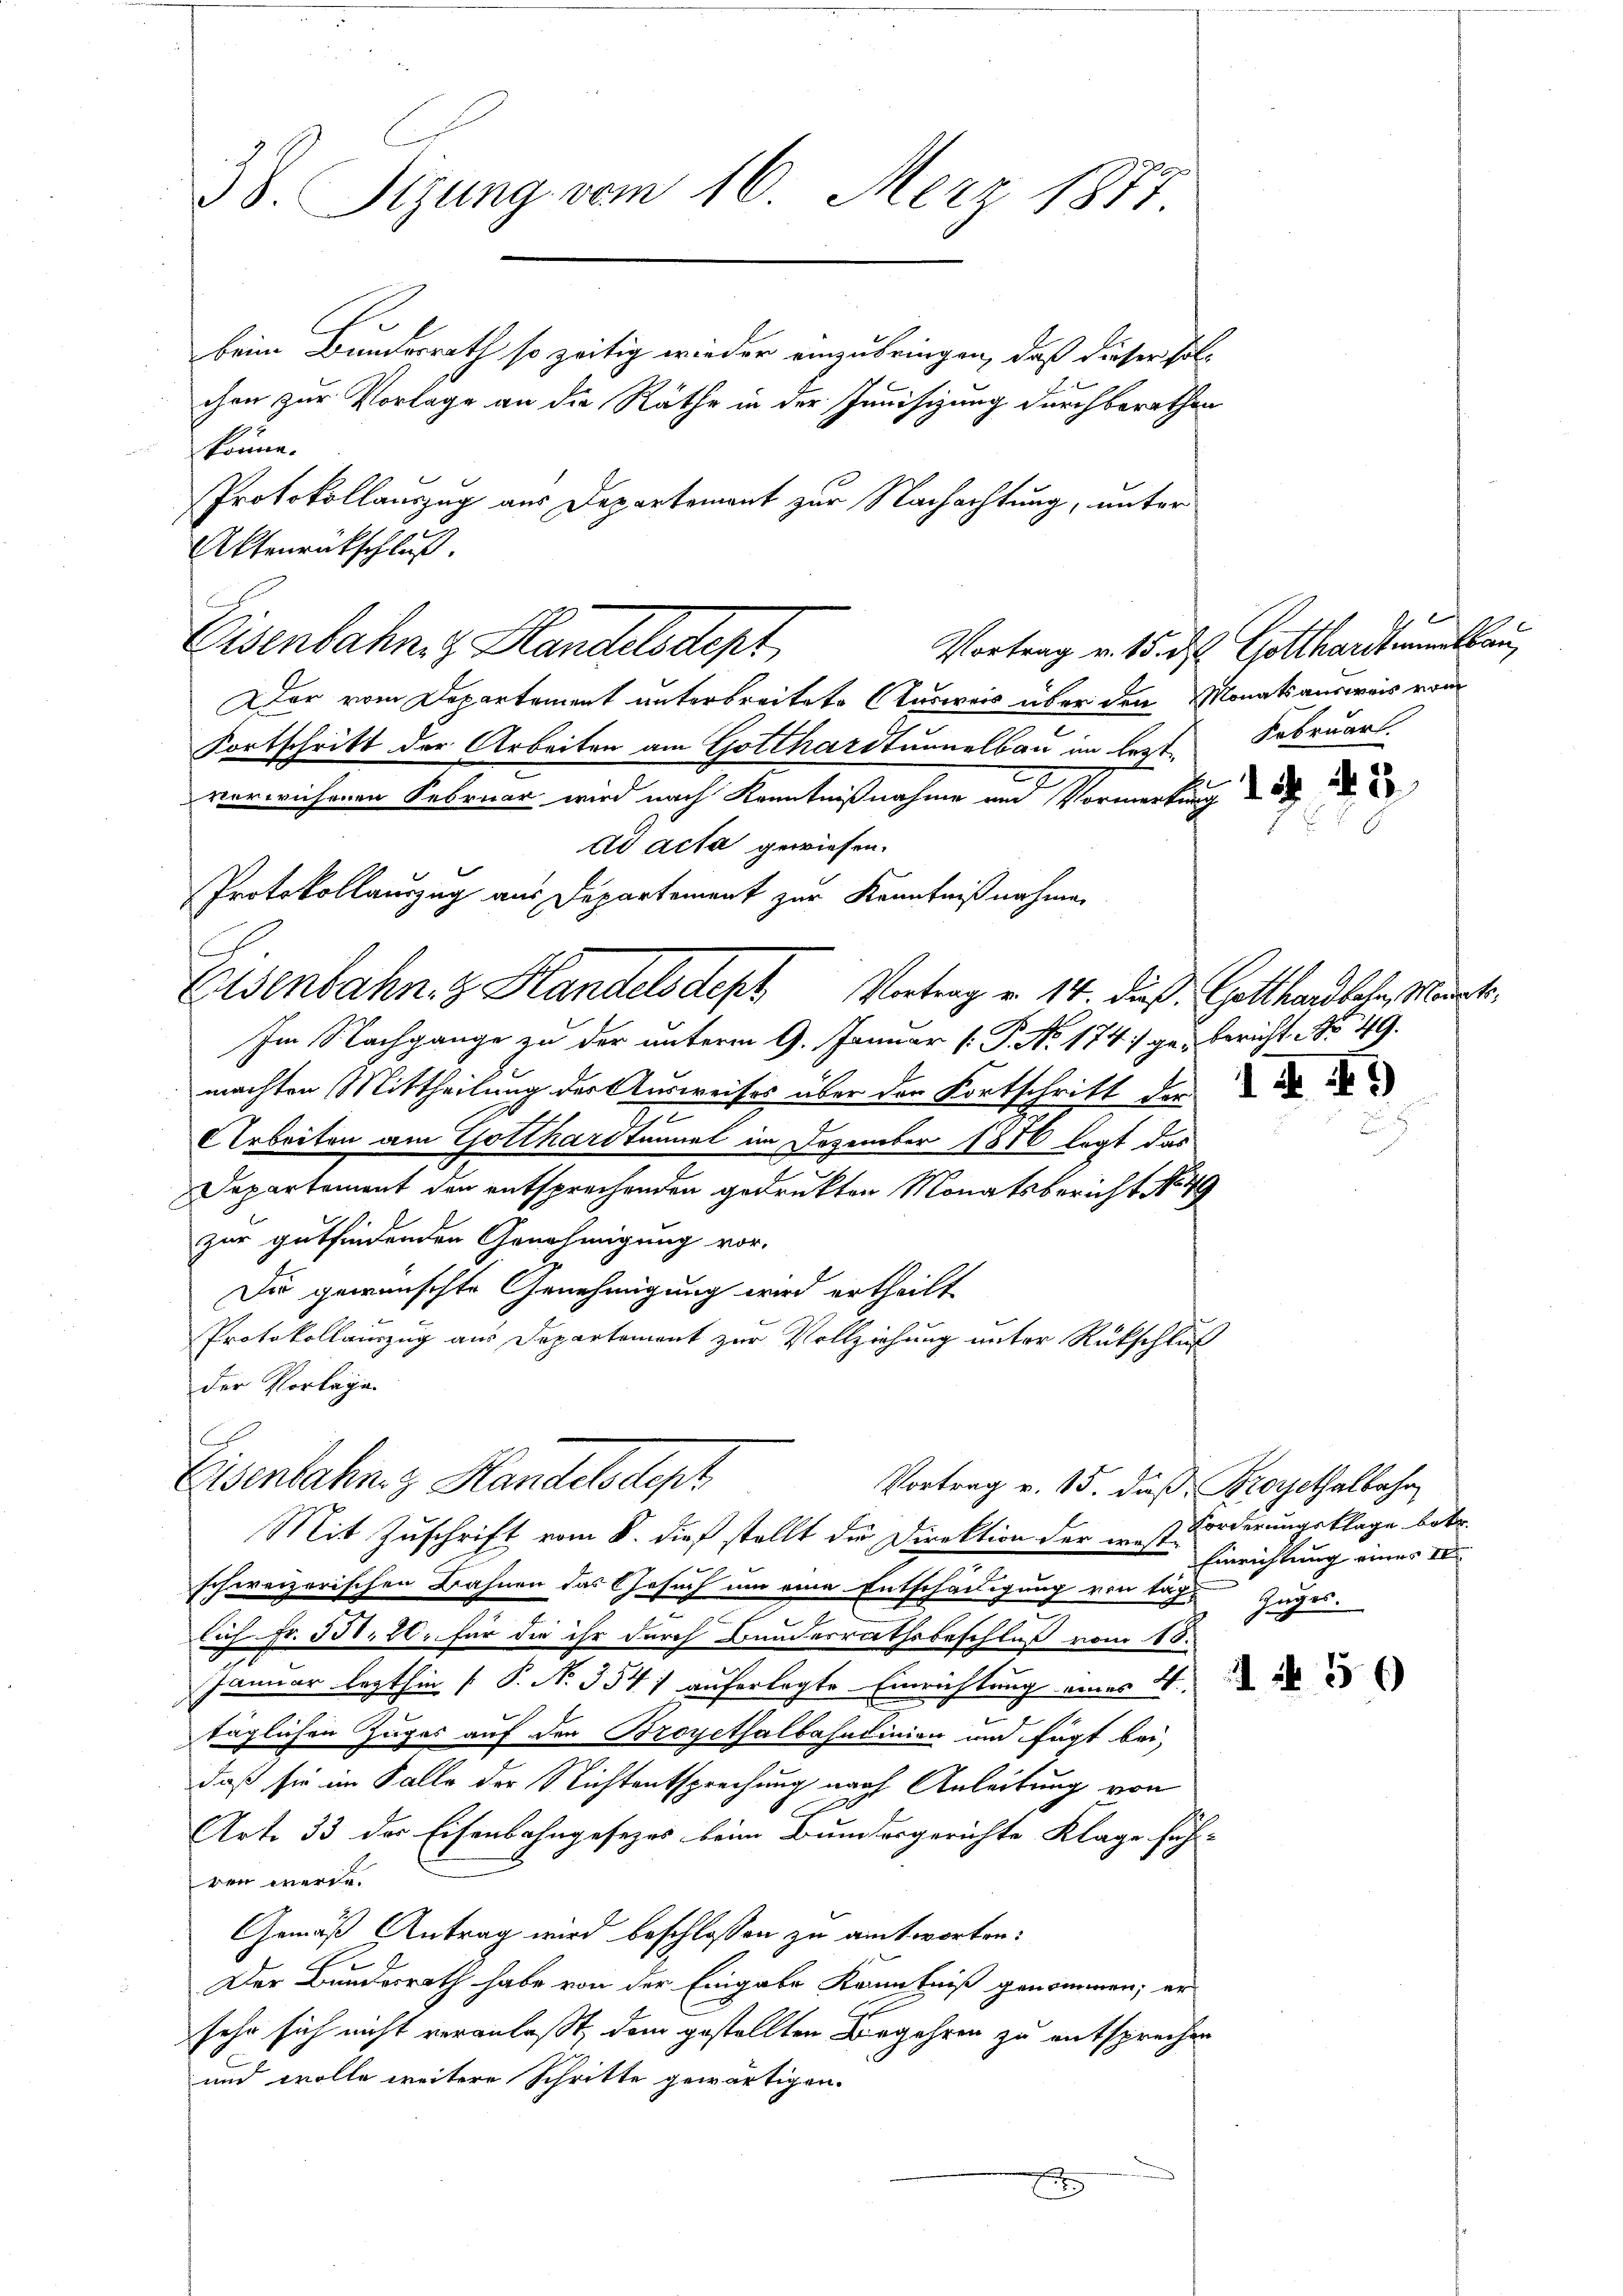
38. Sizung vom 16. Merz 1887.

beim Bundesrath so zeitig wieder einzubringen, daß dieser solchen zur Vorlage an die Rathe in der Junisizung durchberathen
könne.
Protokollauszug aus Departement zur Nachachtung, unter
Aktenrückschluß.
Eisenbahn z. Handelsdept
Der vom Departement unterbreitete Ausweis über den Monatsausweis vom
Fortschritt der Arbeiten am Gotthardtunnelbau im lezt¬
.
verwichenen Februar wird nach Kenntnißnahme und Vormerkung
ad acta gewiesen.
Protokollauszug aus Departement zur Kenntnißnahme
e
Eisenbahn. Handels dept Vortrag v. 14. dieß: Gotthardbahn, Mariats¬
.
Im Nachgange zu der unterm 9. Januar (: J. N. 174 :/ ge-Bericht No 49.
machten Mittheilung der Ausweises über der Fortschritt der
AArbeiten am Gotthardtunnel im Dezember 1856 legt das
Departement den entsprechenden gedruckten Monatsbericht No 49
zur gutfindenden Genehmigung vor.
Die gewünschte Genehmigung wird ertheilt
Protokollauszug aus Departement zur Vollziehung unter Rückschluß
der Vorlage.

Eisenbahn. Handels Sept
Vortrag v. 15. daß Prorethalbahr
Mit Zuschrift vom 8. dieß stellt die Direktion der mist Forderungsklage betr.

schweizerischen Bahnen das Gesuch um eine Entschädigung von tag- Zuges.
Eich Fr. 551. 20. für die ihr durch Bundesrathsbeschluß vom 18.
Januar lezthin  P. Nr. 354 / auferlegte Einrichtung eines 4.
täglichen Zuges auf den Brogethalbahnlinien und fügt bei,
daß sie im Falle der Nichtentsprechung nach Anleitung von
e
Art. 33 der Eisenbahngesezes beim Bundesgerichte Klage füh-
ren werde.
Gemäß Antrag wird beschlossen zu antworten:
Der Bundesrath habe von der Eingabe Kenntniß genommen; er
sehr sich nicht veranlaßt, dem gestellten Begehren zu entsprechen
und wolle weitere Schritte gewärtigen.
x

|
Vortrag v. 15. d. Gotthardtmatbau
Februar.

N. 2

R.)

Einrichtung einer 18